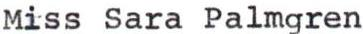
Miss Sara Palmgren